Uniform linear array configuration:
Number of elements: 48
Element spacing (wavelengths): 0.25
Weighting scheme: uniform
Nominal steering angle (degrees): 45
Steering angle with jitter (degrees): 45.235
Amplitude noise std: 0.05
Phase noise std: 0.05

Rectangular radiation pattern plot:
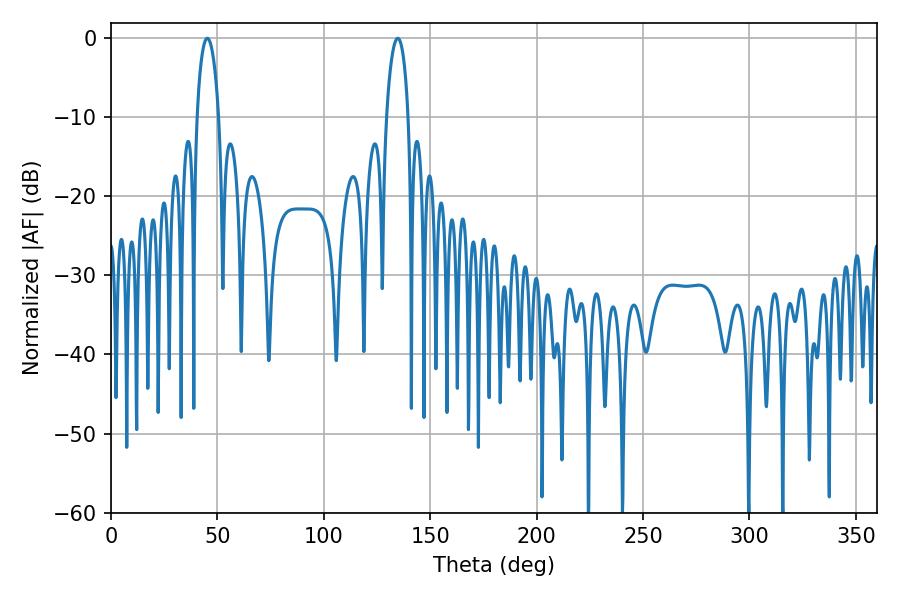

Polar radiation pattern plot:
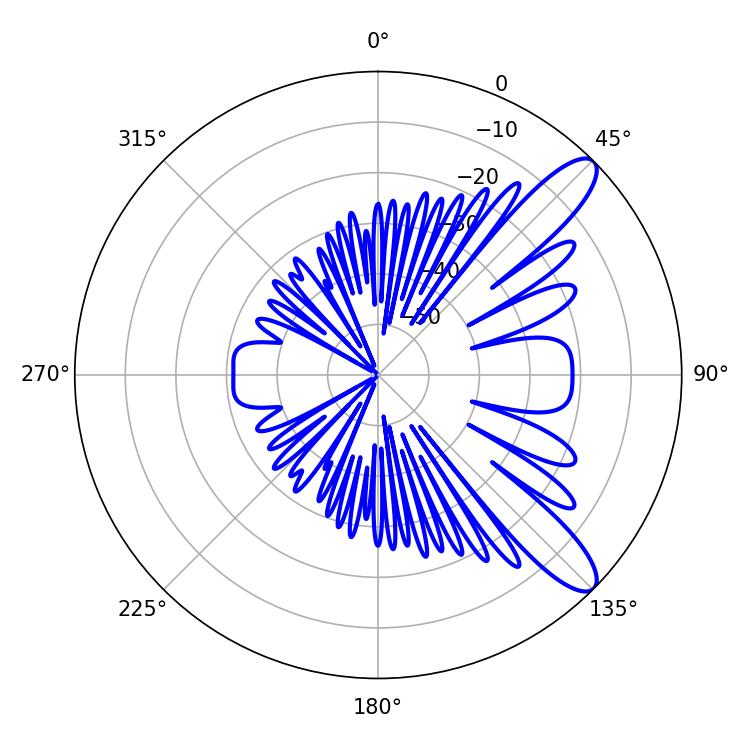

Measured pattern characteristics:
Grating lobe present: FALSE
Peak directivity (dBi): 10.751
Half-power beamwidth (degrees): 5.76
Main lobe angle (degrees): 45.18